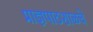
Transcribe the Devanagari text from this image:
प्राज्ञपाठशाळचे